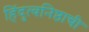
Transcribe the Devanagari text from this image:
हिंदुत्वनिष्ठाची